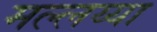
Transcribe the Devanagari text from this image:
मल्लय्या